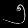
Digit: ၅